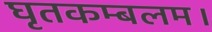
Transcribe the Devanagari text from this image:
घृतकम्बलम।